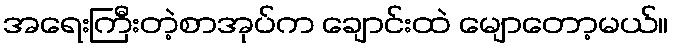
အရေးကြီးတဲ့စာအုပ်က ချောင်းထဲ မျောတော့မယ်။